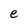
Character: e